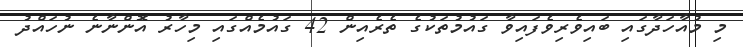
މި މުއާހަދާގައި ބައިވެރިވެފައިވާ ގައުމުތަކުގެ ތެރެއިން 42 ގައުމެއްގައި މިހާރު އޮންނާނެ ނުހައްދު